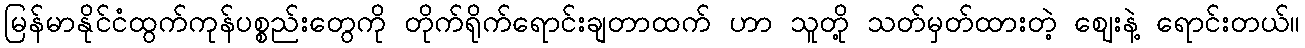
မြန်မာနိုင်ငံထွက်ကုန်ပစ္စည်းတွေကို တိုက်ရိုက်ရောင်းချတာထက် ဟာ သူတို့ သတ်မှတ်ထားတဲ့ ဈေးနဲ့ ရောင်းတယ်။